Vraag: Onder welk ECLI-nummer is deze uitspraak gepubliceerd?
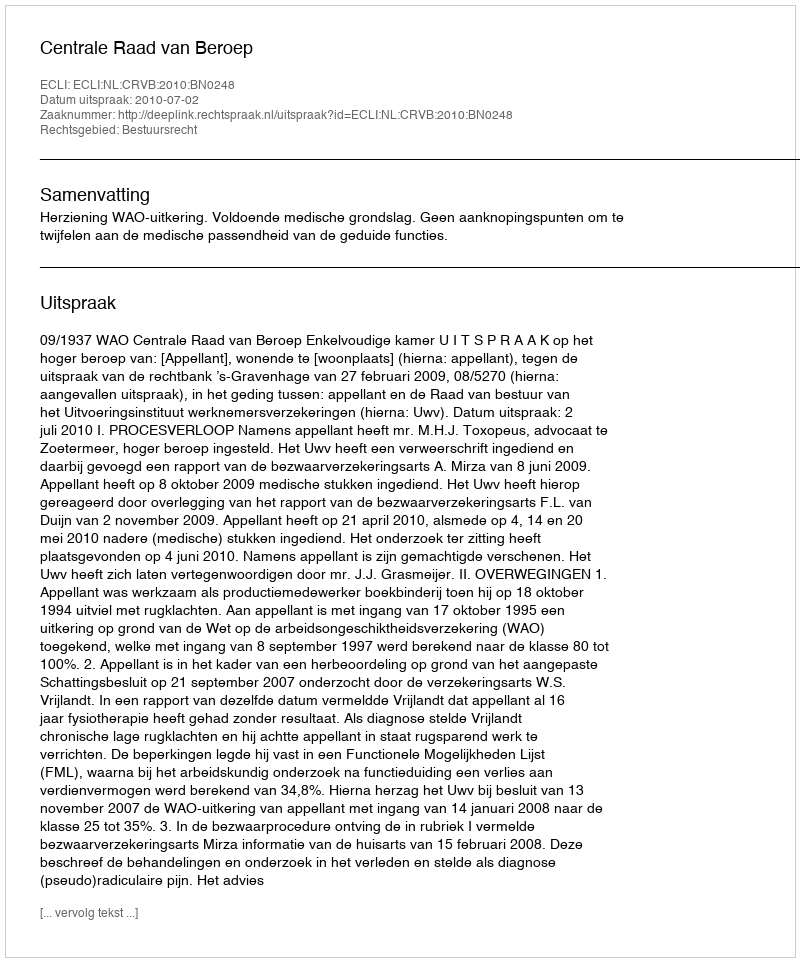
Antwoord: ECLI:NL:CRVB:2010:BN0248